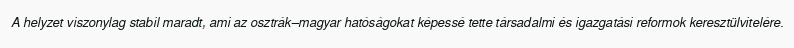
A helyzet viszonylag stabil maradt, ami az osztrák–magyar hatóságokat képessé tette társadalmi és igazgatási reformok keresztülvitelére.